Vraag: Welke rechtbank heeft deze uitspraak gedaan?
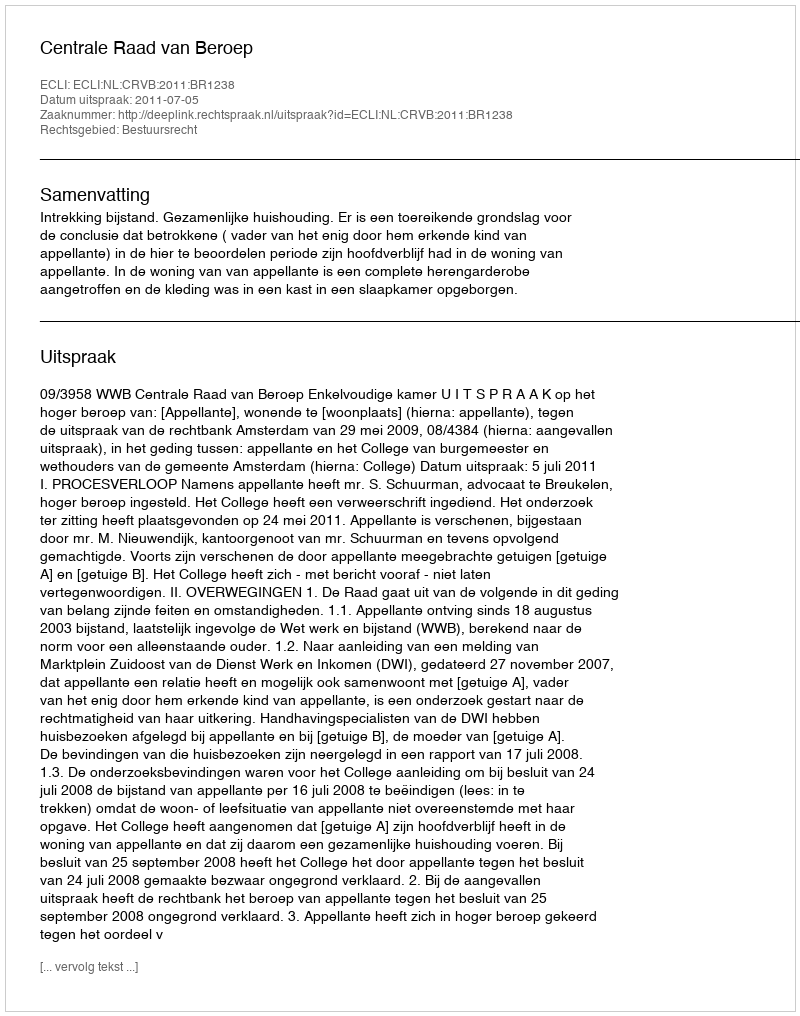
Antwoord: Centrale Raad van Beroep